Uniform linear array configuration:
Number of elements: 32
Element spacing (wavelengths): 0.25
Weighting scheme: hann
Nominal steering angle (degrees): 30
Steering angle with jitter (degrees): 28.855
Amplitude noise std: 0.05
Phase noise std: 0.05

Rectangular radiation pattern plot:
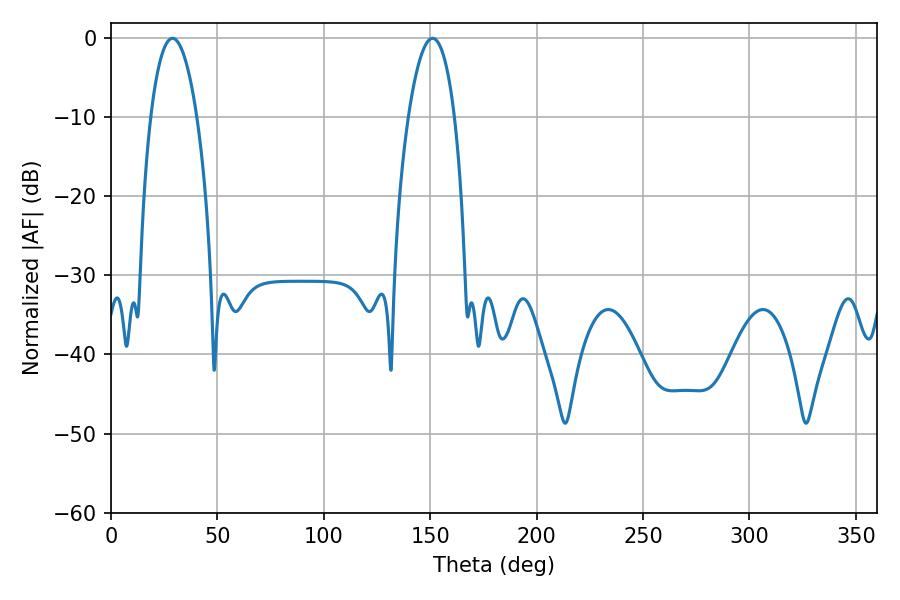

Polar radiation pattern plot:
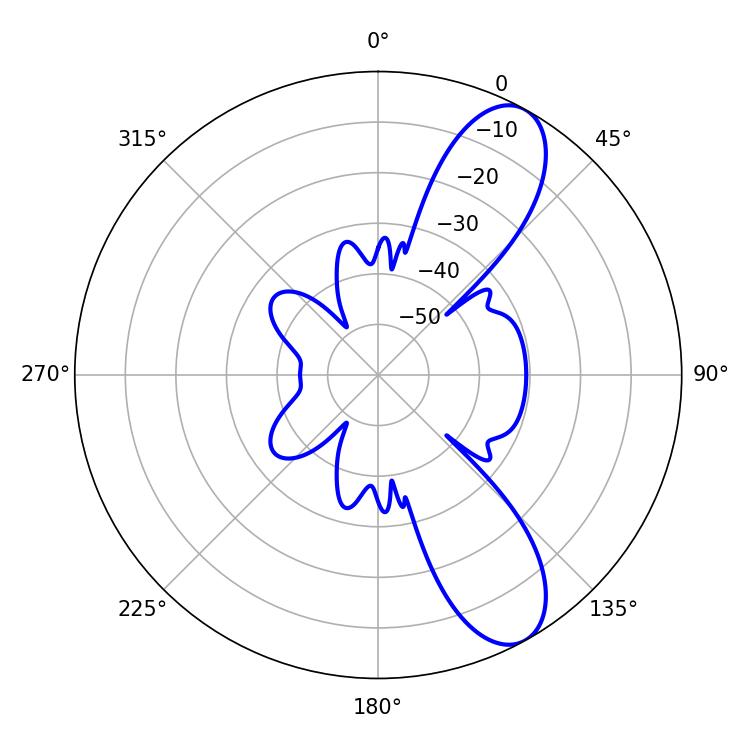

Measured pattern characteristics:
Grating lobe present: FALSE
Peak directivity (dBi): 9.602
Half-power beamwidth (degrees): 12.06
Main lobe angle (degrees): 28.98